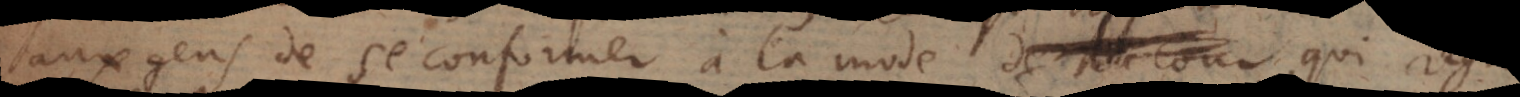
aux gens de se conformer à la mode de la cour